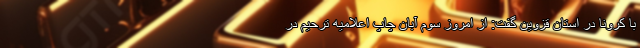
با کرونا در استان قزوین گفت: از امروز سوم آبان چاپ اعلامیه ترحیم در